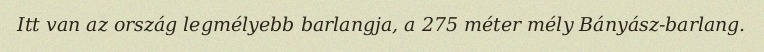
Itt van az ország legmélyebb barlangja, a 275 méter mély Bányász-barlang.